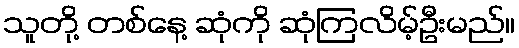
သူတို့ တစ်နေ့ ဆုံကို ဆုံကြလိမ့်ဦးမည်။